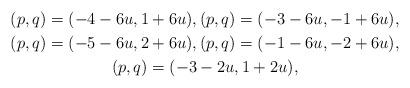
LaTeX: \begin{gather*}(p,q)=(-4-6u,1+6u),(p,q)=(-3-6u,-1+6u),\\(p,q)=(-5-6u,2+6u),(p,q)=(-1-6u,-2+6u),\\(p,q)=(-3-2u,1+2u),\end{gather*}